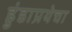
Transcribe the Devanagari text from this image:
हुंडाप्रथेचा